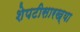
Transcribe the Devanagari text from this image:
शेपटीसारख्या